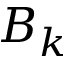
B _ { k }